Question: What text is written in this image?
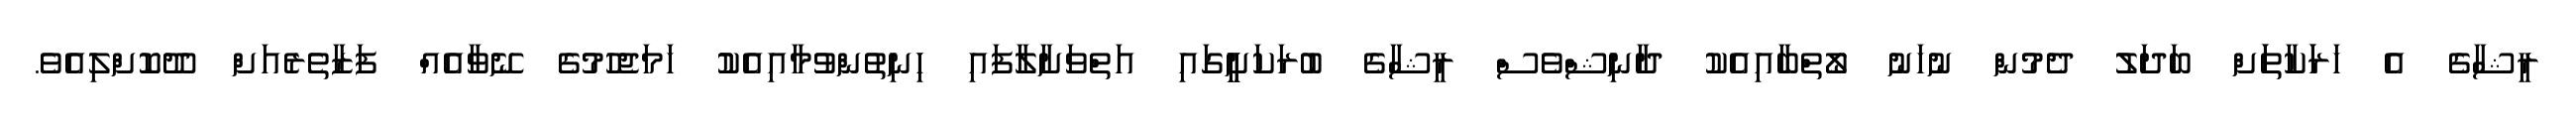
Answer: ރީޝާގެ އެ ހަރަަކާތަަށް ބަދަލު ދެމުން ނުހަނު ލޯތްބާއިއެކު ދާނިޝްވެސް ރީޝާގެ ބުރަކަށީީގައި އަތްވަށާލާފައި ހިނިތުންވުމާއިއެކުު ހަމަޖެހުމުގެ ނޭވާއެއް ފަޒާތެރެއަށް ދޫކޮށްލިއެވެ.